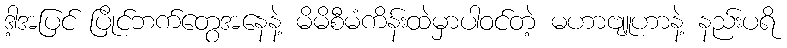
ဒါ့အပြင် ပြိုင်ဘက်တွေအနေနဲ့ မိမိစီမံကိန်းထဲမှာပါဝင်တဲ့ မဟာဗျူဟာနဲ့ နည်းပရိ